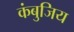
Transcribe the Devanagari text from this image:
कंबुजिय